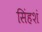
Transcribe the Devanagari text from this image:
सिंहशं